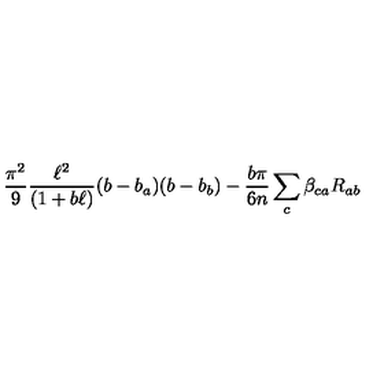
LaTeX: { \frac { \pi ^ { 2 } } { 9 } } { \frac { \ell ^ { 2 } } { ( 1 + b \ell ) } } ( b - b _ { a } ) ( b - b _ { b } ) - { \frac { b \pi } { 6 n } } \sum _ { c } \beta _ { c a } R _ { a b }